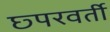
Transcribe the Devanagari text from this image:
छ्परवर्ती